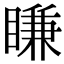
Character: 䁠